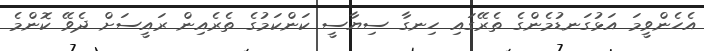
އެހެންވީމަ އަޅުގަނޑުމެންގެ ތެރޭގައި ހިނގާ ސިޔާސީ ކަންކަމުގެ ތެރެއިން ރައީސަށް ދެވޭ ކޮންމެ